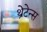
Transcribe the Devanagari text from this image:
थ्रेटेन्स